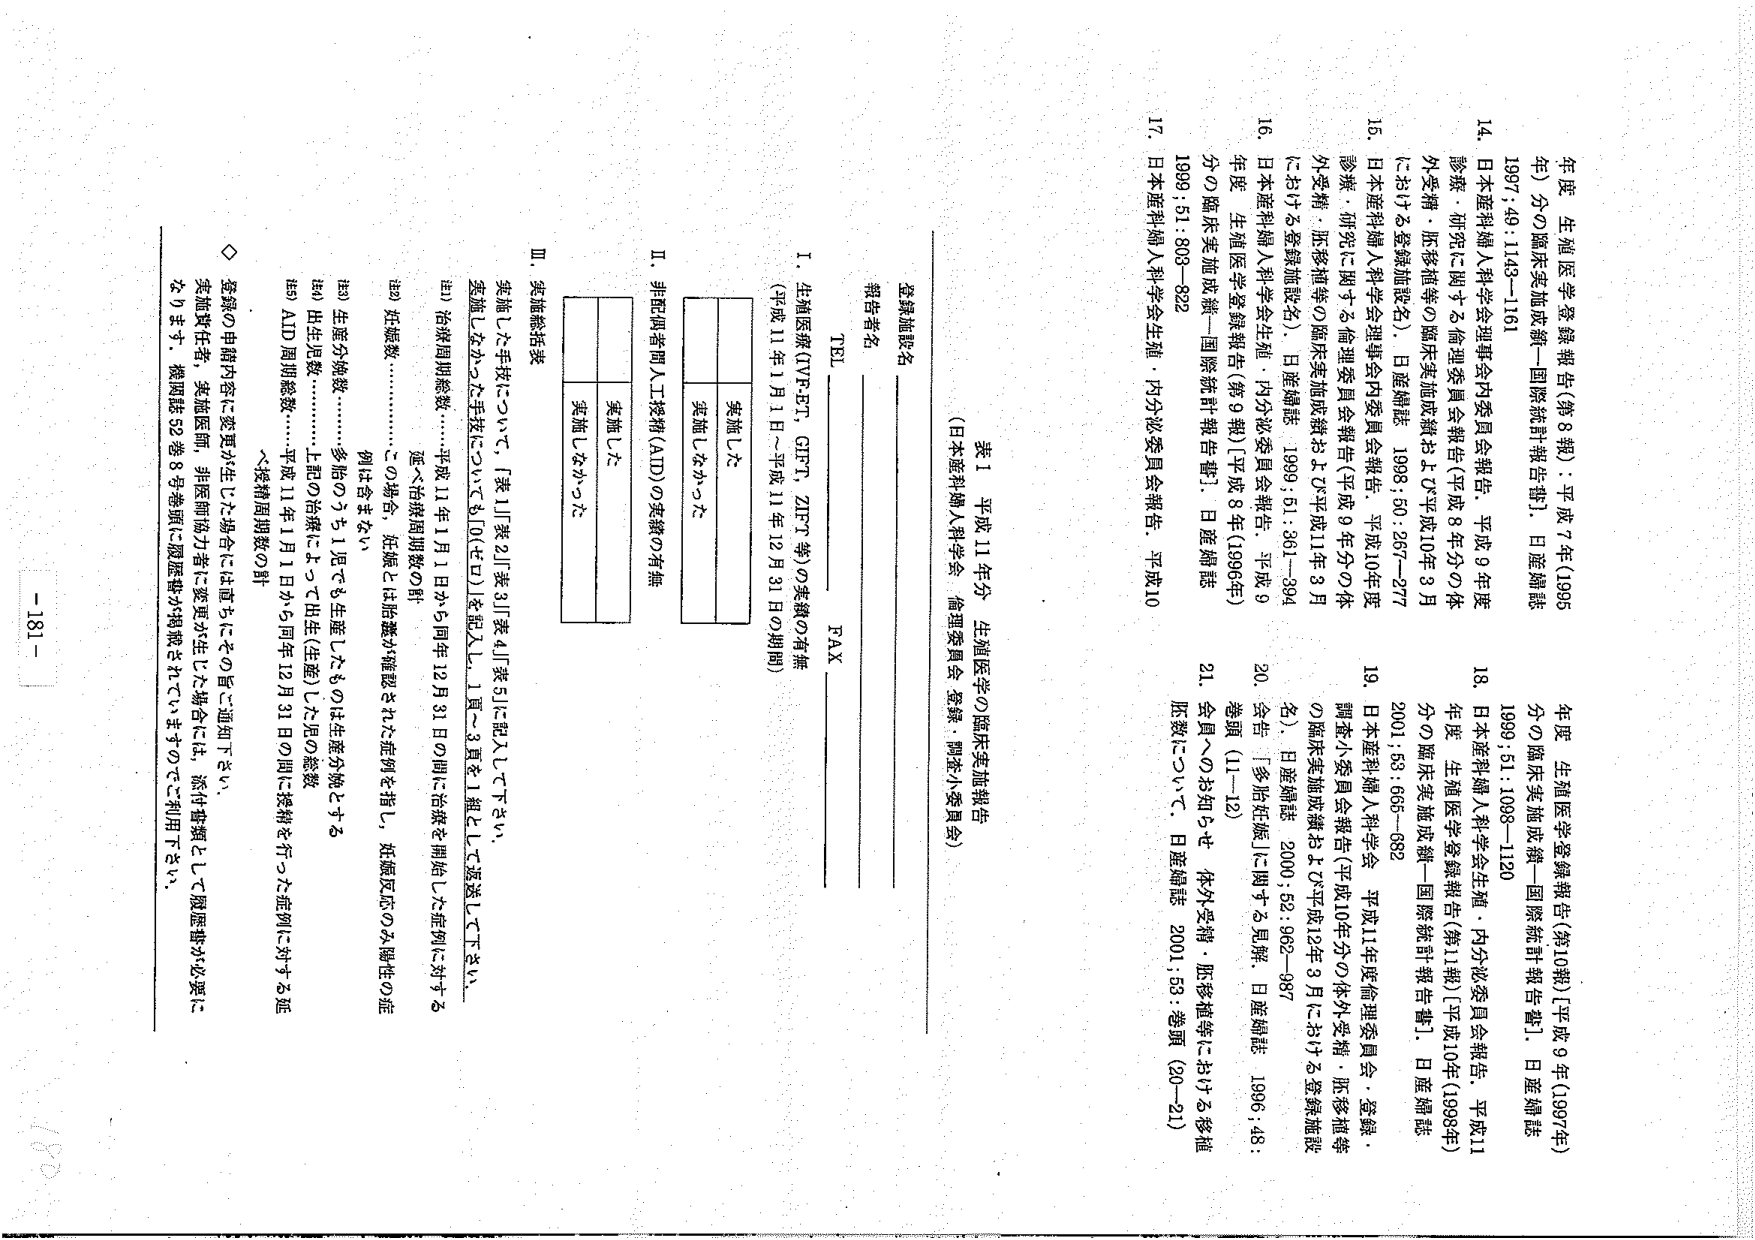
表1 平成11年分 生殖医学の臨床実施報告
（日本産科婦人科学会・倫理委員会・登録・調査小委員会）

登録施設名
報告者名
TEL
FAX

I. 生殖医療（IVF-ET、GIFT、ZIFT等）の実績の有無
（平成11年1月1日～平成11年12月31日の期間）

実施した
実施しなかった

II. 非配偶者間人工授精（AID）の実績の有無

実施した
実施しなかった

III. 実施総括表

実施した手技について、「表1」「表2」「表3」「表4」「表5」に記入して下さい。
実施しなかった手技については「0（ゼロ）」を記入し、1頁～3頁を1組として返送して下さい。

※1）治療周期総数 …… 平成11年1月1日から同年12月31日の間に治療を開始した症例に対する
延べ治療周期総数の計

※2）妊娠数 …………… この場合、妊娠とは胎嚢が確認された症例を指し、妊娠反応のみ陽性の症
例は含まない

※3）生産分娩数 ……… 多胎のうち1児でも生産したものは生産分娩とする

※4）出生児数 ………… 上記の治療によって出生（生産）した児の総数

※5）AID周期総数 …… 平成11年1月1日から同年12月31日の間に授精を行った症例に対する延
べ授精周期総数の計

◇ 登録の申請内容に変更が生じた場合には直ちにその旨ご通知下さい。
実施責任者、実施医師、非医師協力者に変更が生じた場合には、添付書類として履歴書が必要に
なります。機関誌52巻8号巻頭に履歴書が掲載されていますのでご利用下さい。

14. 日本産科婦人科学会理事会内委員会報告．平成9年度
診療・研究に関する倫理委員会報告（平成8年分の体外受精・胚移植等の臨床実施成績および平成10年3月
における登録施設名）．日産婦誌 1998；50：267－277

15. 日本産科婦人科学会理事会内委員会報告．平成10年度
診療・研究に関する倫理委員会報告（平成9年分の体外受精・胚移植等の臨床実施成績および平成11年3月
における登録施設名）．日産婦誌 1999；51：361－394

16. 日本産科婦人科学会生殖・内分泌委員会報告．平成9
年度 生殖医学登録報告（第9報）［平成8年（1996年）
分の臨床実施成績－国際統計報告書］．日産婦誌 1999；51：808－822

17. 日本産科婦人科学会生殖・内分泌委員会報告．平成10

18. 日本産科婦人科学会生殖・内分泌委員会報告．平成11
年度 生殖医学登録報告（第11報）［平成10年（1998年）
分の臨床実施成績－国際統計報告書］．日産婦誌 2001；53：665－682

19. 日本産科婦人科学会 平成11年度倫理委員会・登録・
調査小委員会報告（平成10年分の体外受精・胚移植等
の臨床実施成績および平成12年3月における登録施設
名）．日産婦誌 2000；52：962－987

20. 会告 「多胎妊娠」に関する見解．日産婦誌 1996；48：
巻頭（11－12）

21. 会員へのお知らせ 体外受精・胚移植等における移植
胚数について．日産婦誌 2001；53：巻頭（20－21）

年度 生殖医学登録報告（第8報）：平成7年（1995
年）分の臨床実施成績－国際統計報告書］．日産婦誌
1997；49：1143－1161

年度 生殖医学登録報告（第10報）［平成9年（1997年）
分の臨床実施成績－国際統計報告書］．日産婦誌
1999；51：1098－1120

- 181 -